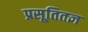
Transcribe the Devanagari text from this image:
प्रसूतितज्ञ